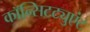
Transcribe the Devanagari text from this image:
कॉन्सिटट्युएंट